Vital statistics of India. Vol. VI, European troops 1870-79
Year: 1870
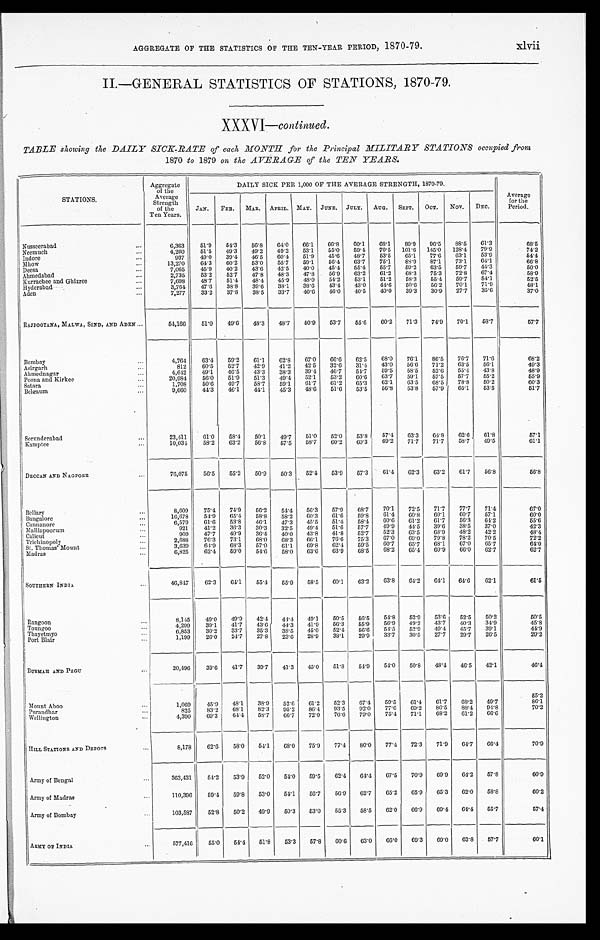
xlvii
AGGREGATE OF THE STATISTICS OF THE TEN-YEAR PERIOD, 1870-79.
II-GENERAL STATISTICS OF STATIONS, 1870-79.
XXXVI—
continued.
TABLE showing the DAILY SICK-RATE of each MONTH for the Principal MILITARY STATIONS occupied from
1870 to 1879 on the AVERAGE of the TEN YEARS.
STATIONS.
Aggregate
of the
Average
Strength
of the
Ten Years.
DAILY SICK PER 1,000 OF THE AVERAGE STRENGTH, 1870-79.
Average
for the
Period.
JAN.
FEB.
MAR. APRIL. MAY.
JUNE.
JULY.
AUG.
SEPT.
OCT.
NOV.
DEC.
Nusseerabad . . .
6,363
51.9
54.3
56.8
64.0
66.1
66.8
60.1
68.1
89.9
96.5
88.5
61.3
68.5
Neemuch . . .
4,260
51.5
49.3
49.2
49.2
53.1
55.0
59.4
70.5
101.6
145.0
128.4
79.9
74.2
Indore . . .
937
49.0
39.4
46.5
60.4
51.9
45.6
48.7
53.5
65.1
77.6
63.1
53.9
54.4
Mhow . . .
13,270
64.3
60.2
53.0
55.7
59.1
56.4
63.7
75.1
88.9
87.1
73.1
64.1
66.8
Deesa . . .
7,065
45.9
40.2
4 3 . 6
42.5
40.0
45.4
5 5 . 4
55.7
59.2
63.5
59.7
44.3
50.0
Ahmedabad . . .
2,735
53.2
52.7
47.8
48.3
47.8
56.9
63.2
61.2
68.3
75.3
72.8
67.4
58.9
Kurrachee and Ghizree . . .
7,698
48.7
51.4
48.4
45.9
48.0
54.2
5 3 . 1
51.2
58.3
55.4
59.7
54.1
52.5
Hyderabad . . .
3,764
47.6
38.8
39.6
38.1
38.6
43.4
43.0
44.6
50.6
56.2
70.1
71.9
48.1
Aden . . .
7,277
33.2
37.8
38.5
33.7
40.6
46.0
40.5
40.0
39.3
30.9
27.7
35.6
37.0
RAJPOOTANA, MALWA, SIND, AND ADEN . . .
54,166
51.0
49.6
48.3
48.7
50.9
53.7
5 5 . 6
60.2
71.3
74.9
70.1
58.7
57.7
Bombay . . .
4,764
63.4
59.2
61.1
62.8
67.0
66.6
62.5
68.0
76.1
86.5
76.7
71.6
68.2
Asirgarh . . .
812
60.5
52.7
42.9
41.2
42.5
32.6
31.4
43.0
56.6
71.2
63.5
56.1
49.3
Ahmednagar . . .
4,642
49.1
46.5
4 3 . 3
38.3
39.4
46.7
54.7
59.5
58.5
52.6
55.4
43.8
48.9
Poona and Kirkce . . .
20,984
56.0
51.9
51.3
49.4
52.1
53.2
60.6
63.7
59.1
57.5
57.7
55.2
55.9
Satara . . .
1,708
50.6
49.7
58.7
59.1
61.7
61.2
65.3
62.1
63.5
68.5
78.8
50.2
60.3
Belgaum . . .
9,660
44.3
46.1
44.1
45.3
48.6
51.6
5 3 . 5
5 6 . 8
53.8
57.9
65.1
53.5
51.7
Secunderabad . . .
23,411
61.0
58.4
50.1
49.7
51.0
52.0
53.8
57.4
63.3
64.8
62.6
61.8
57.1
Kamptee . . .
10,034
58.2
63.2
56.8
57.5
58.7
60.2
60.3
69.2
71.7
71.7
58.7
49.5
61.1
DECCAN AND NAGPORE . . .
76,075
56.5
55.2
50.9
50.3
52.4
53.9
57.3
61.4
62.3
63.2
61.7
56.8
56.8
Bellary . . .
8,609
75.4
74.9
56.2
54.4
56.3
57.9
68.7
70.1
72.5
71.7
77.7
71.4
67.0
Bangalore
16,678
54.9
65.4
58.8
58.2
60.3
61.6
5 9 . 8
6 1 . 4
60.8
60.1
60.7
57.1
60.0
Cannanore . . .
6,579
61.6
53.8
46.1
47.3
45.5
51.4
58.4
60.6
61.2
61.7
56.3
64.2
55.6
Malliapoorum . . .
921
41.2
36.3
30.3
32.5
49.4
51.6
5 7 . 7
4 9 . 9
44.5
39.6
38.5
37.0
42.3
Calicut . . .
909
47.7
49.9
36.4
40.0
43.8
41.8
52.7
52.3
63.5
68.9
48.2
42.2
48.4
Trichinopoly . . .
2,688
76.3
73.1
68.0
68.3
66.1
76.0
75.3
67.0
69.0
79.8
78.2
70.5
72.2
St. Thomas' Mount . . .
3,639
64.9
68.3
57.0
61.1
69.8
62.4
5 9 . 5
60.7
65.7
68.1
67.0
65.7
64.0
Madras . . .
6,825
62.4
59.0
54.6
58.0
63.6
63.9
68.5
68.2
65.4
60.9
66.0
62.7
62.7
SOUTHERN INDIA . . .
4 6 , 8 4 7
62.3
64.1
55.4
55.9
58.5
60.1
63.2
63.8
64.2
64.1
64.6
62.1
61.5
Rangoon . . .
8,145
49.0
49.9
42.4
44.4
49.1
50.5
56.5
54.8
52.9
53.6
52.5
50.2
50.5
Toungoo . . .
4,299
39.1
41.7
43.6
44.3
41.9
56.3
55.9
56.9
49.2
43.7
40.3
34.9
45.8
Thayetmyo . . .
6,853
30.2
33.7
35.3
38.5
45.0
52.4
56.6
54.5
52.9
4 9 . 4
45.7
39.1
44.9
Port Blair . . .
1,199
26.0
24.7
27.8
23.6
28.9
38.1
29.9
33.7
30.5
27.7
29.7
26.5
29.2
BURMAH AND PEGU . . .
20,496
39.6
41.7
39.7
41.3
45.0
51.8
54.9
54.0
50.8
48.4
46.5
42.1
46.4
Mount Aboo . . .
1,069
45.9
48.1
38.9
52.6
61.2
52.3
67.4
59.5
61.4
61.7
68.2
49.7
55.2
Purandhar . . .
825
83.2
68.1
82.3
95.2
86.4
93.5
92.0
77.6
69.2
86.5
88.4
94.8
8 6 . 1
Wellington . . .
4,390
69.3
64.4
58.7
66.7
72.0
76.6
79.0
75.4
71.1
68.2
61.2
66.6
7 0 . 2
HILL STATIONS AND DEPOTS . . .
8,178
62.6
58.0
54.1
68.0
75.9
77.4
80.0
77.4
72.3
71.9
64.7
66.4
70.9
Army of Bengal . . .
363,431
54.2
53.9
52.0
54.0
59.5
62.4
64.4
67.5
70.9
69.9
64.2
57.8
60.9
Army of Madras . . .
110,396
59.4
59.8
53.0
54.1
56.7
56.9
62.7
65.2
65.9
65.3
62.0
58.8
60.2
Army of Bombay . . .
103,587
52.8
50.2
49.0
50.3
53.0
55.3
58.5
62.0
66.9
69.4
64.4
55.7
57.4
ARMY OF INDIA . . .
577,416
55.0
54.4
51.8
53.3
57.8
60.6
63.0
66.0
69.3
69.0
63.8
57.7
60.1